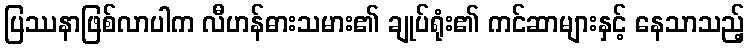
ပြဿနာဖြစ်လာပါက လီဟန်ဓားသမား၏ ချုပ်ရုံး၏ ကင်ဆာများနှင့် နေသာသည့်